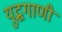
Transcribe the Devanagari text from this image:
युद्धगाणी